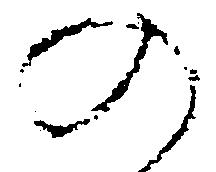
の